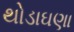
થોડાઘણા